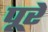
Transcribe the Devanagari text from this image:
पूरें